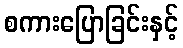
စကားပြောခြင်းနှင့်